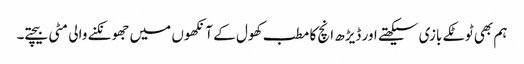
ہم بھی ٹوٹکے بازی سیکھتے اور ڈیڑھ انچ کا مطب کھول کے آنکھوں میں جھونکنے والی مٹی بیچتے۔